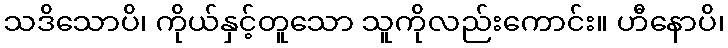
သဒိသောပိ၊ ကိုယ်နှင့်တူသော သူကိုလည်းကောင်း။ ဟီနောပိ၊